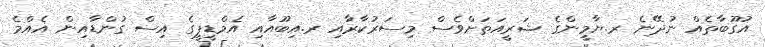
އުގޫބާތެއް ނުދޭނެ ރ.ޔާމީންގެ ޝަރީއަތަށްވެސް މިސަރުކާރާއި ރ.އިބޫއާއި އެމްޑީޕީގެ އިސް ގުންޑާއިން އެއްމެ